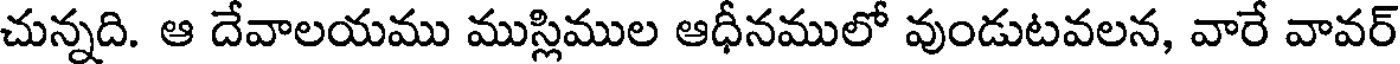
చున్నది. ఆ దేవాలయము ముస్లిముల ఆధీనములో వుండుటవలన, వారే వావర్